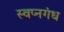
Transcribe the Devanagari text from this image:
स्वप्नगंध